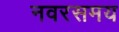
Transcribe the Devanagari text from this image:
नवरसमय